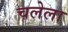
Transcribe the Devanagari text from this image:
चलेला